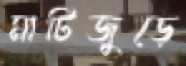
মাটিজুড়ে